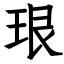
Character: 珢